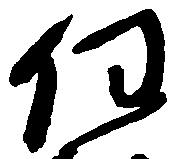
任